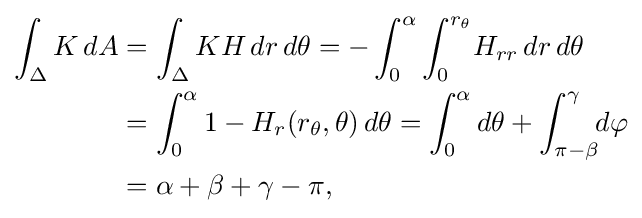
{\begin{aligned}\int _{\Delta }K\,dA&=\int _{\Delta }KH\,dr\,d\theta =-\int _{0}^{\alpha }\int _{0}^{r_{\theta }}\!H_{rr}\,dr\,d\theta \\&=\int _{0}^{\alpha }1-H_{r}(r_{\theta },\theta )\,d\theta =\int _{0}^{\alpha }d\theta +\int _{\pi -\beta }^{\gamma }\!\!d\varphi \\&=\alpha +\beta +\gamma -\pi ,\end{aligned}}